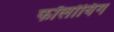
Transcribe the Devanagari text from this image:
फॉलोयिंग